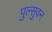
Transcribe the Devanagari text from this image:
पुल्सुवन